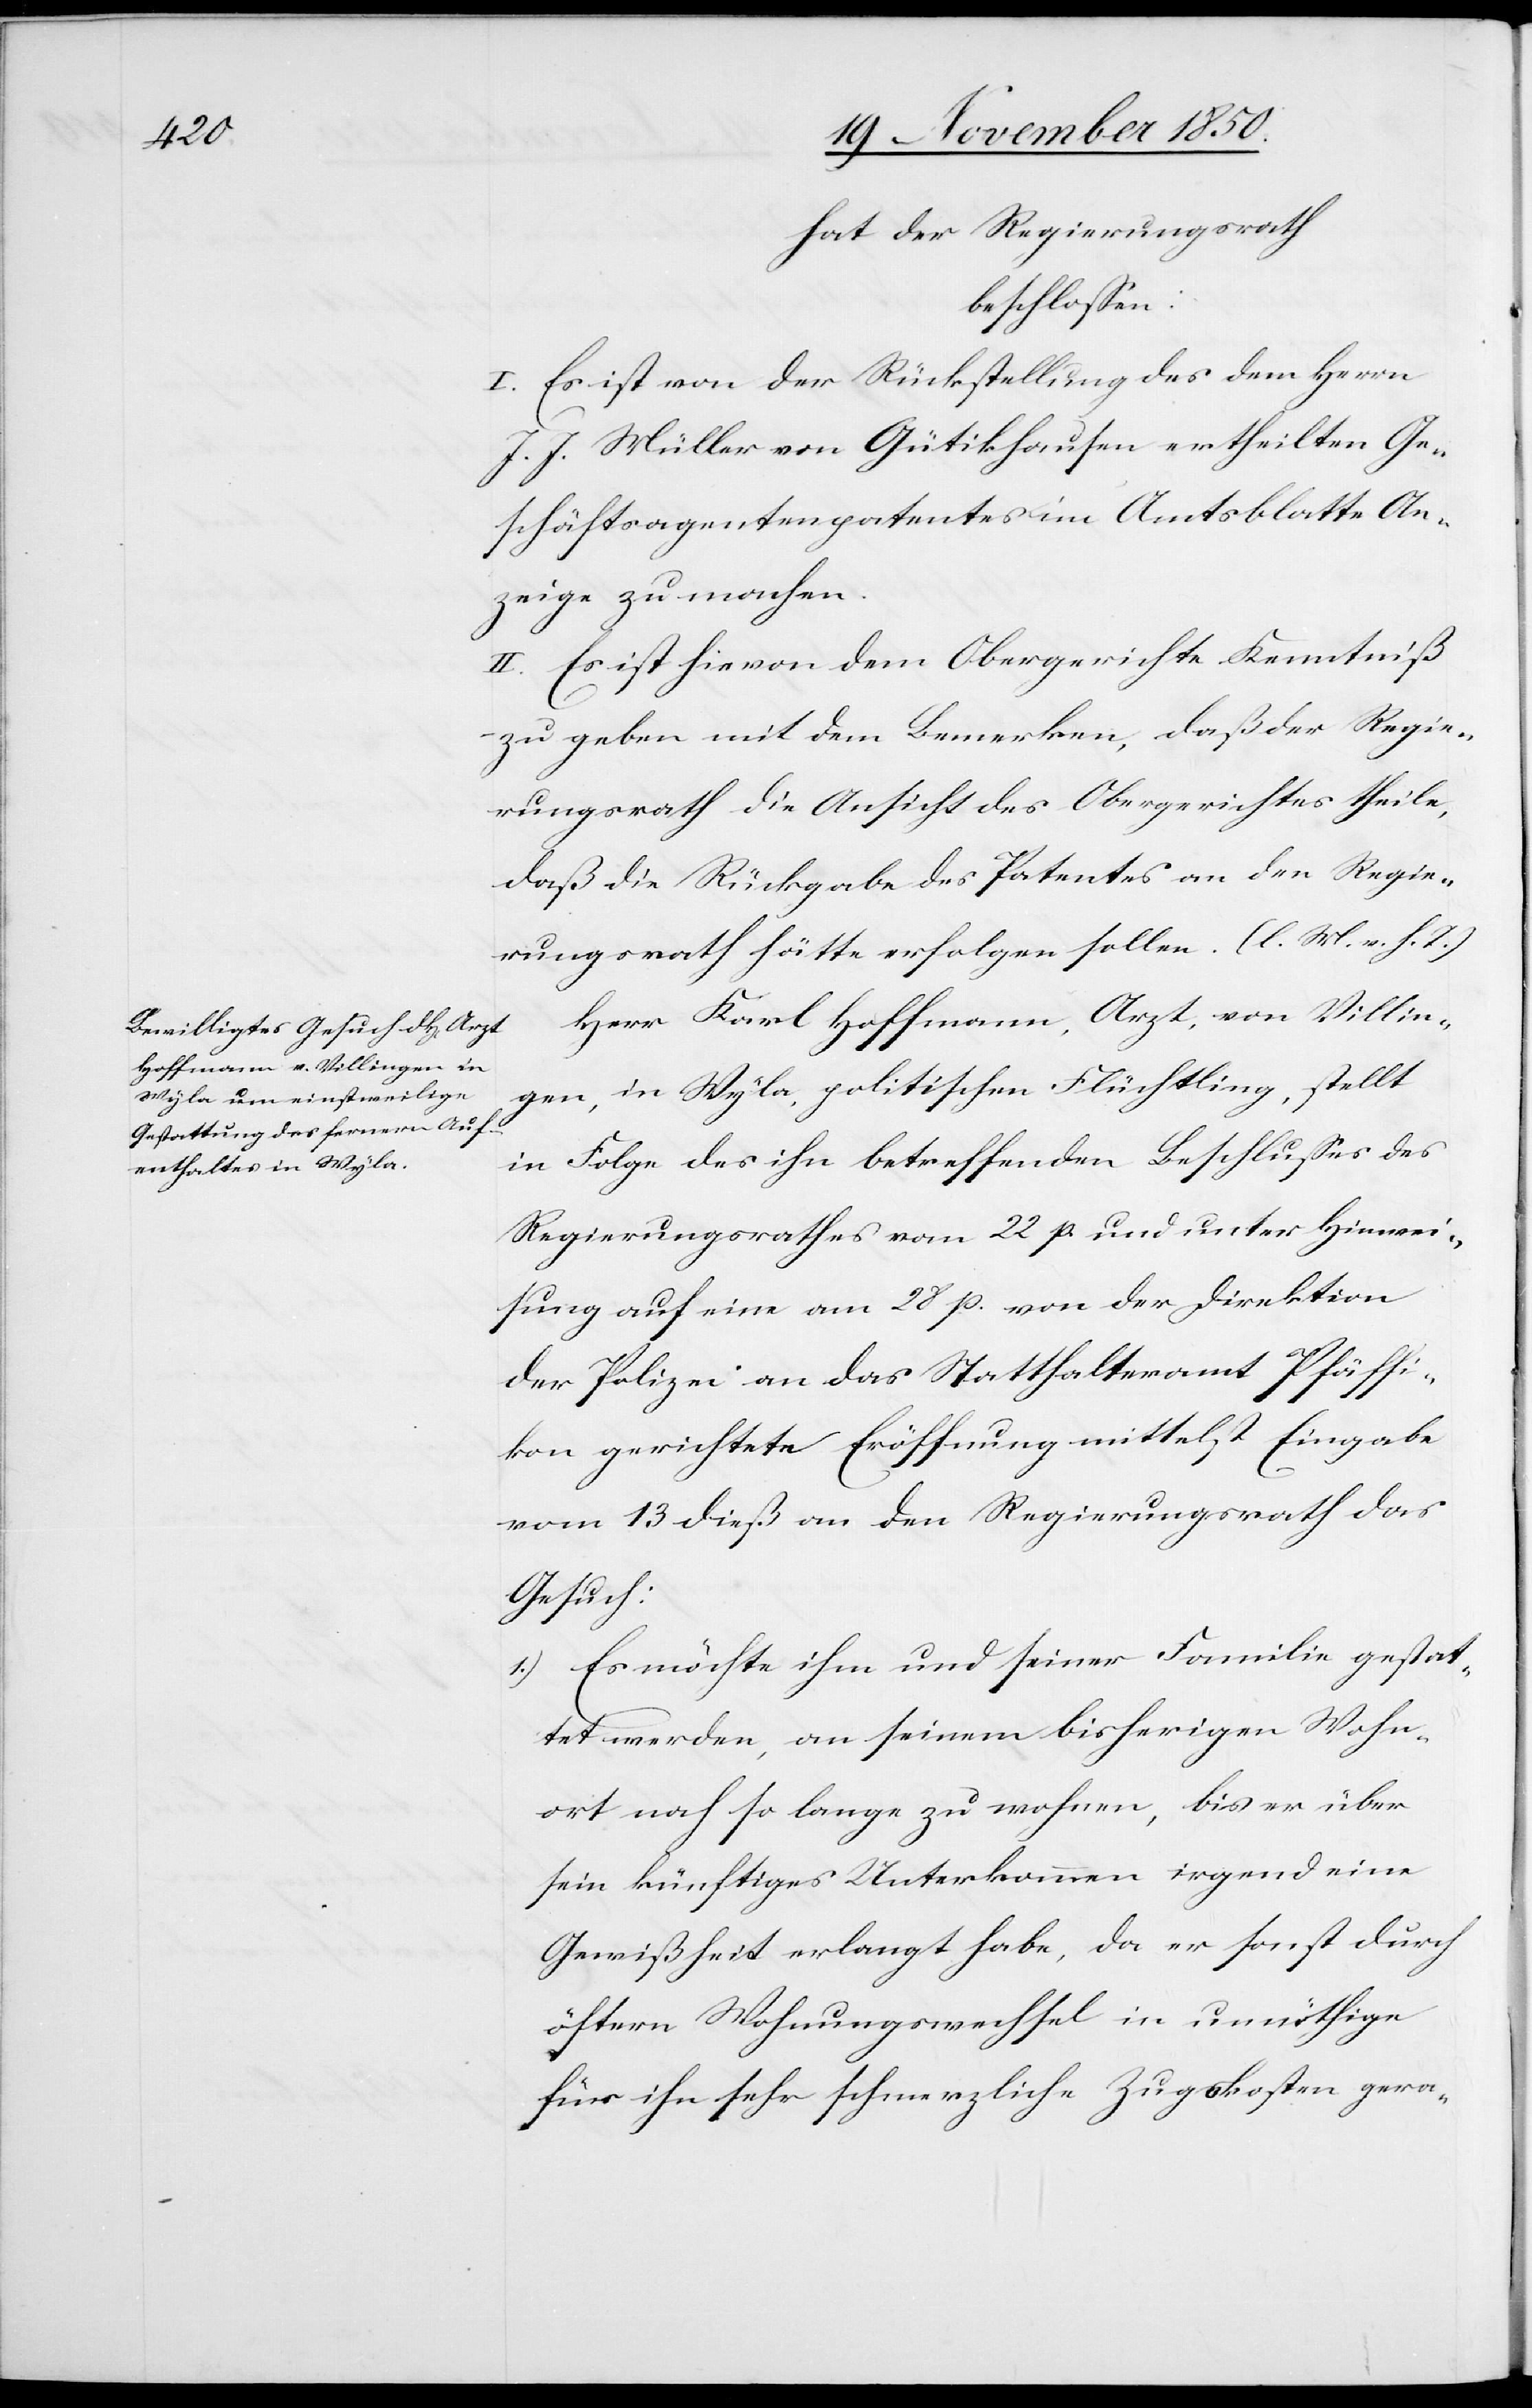
hat der Regierungsrath
beschlossen:
I. Es ist von der Rückstellung des dem Herrn
J. J. Müller von Gütikhausen ertheilten Ge¬
schäftsagentenpatentes im Amtsblatte An¬
zeige zu machen.
II. Es ist hievon dem Obergerichte Kenntniß
zu geben mit dem Bemerken, daß der Regie¬
rungsrath die Ansicht des Obergerichtes theile,
daß die Rückgabe des Patentes an den Regie¬
rungsrath hätte erfolgen sollen. (l. M. v. h. T.)
Herr Karl Hoffmann, Arzt, von Villin¬
gen, in Wyla, politischen Flüchtling, stellt
in Folge des ihn betreffenden Beschlusses des
Regierungsrathes vom 22 p. und unter Hinwei¬
sung auf eine am 28 p. von der Direktion
der Polizei an das Statthalteramt Pfäffi¬
kon gerichtete Eröffnung mittelst Eingabe
vom 13 dieß an den Regierungsrath das
Gesuch:
1.) Es möchte ihm und seiner Familie gestat¬
tet werden, an seinem bisherigen Wohn¬
ort noch so lange zu wohnen, bis er über
sein künftiges Unterkommen irgend eine
Gewißheit erlangt habe, da er sonst durch
öftern Wohnungswechsel in unnöthige
für ihn sehr schmerzliche Zugskosten gera-